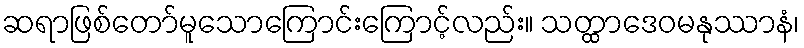
ဆရာဖြစ်တော်မူသောကြောင်းကြောင့်လည်း။ သတ္ထာဒေဝမနုဿာနံ၊